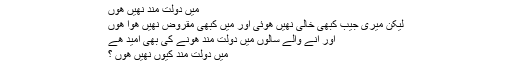
میں دولت مند نهیں هوں
لیکن میری جیب کبھی خالی نهیں هوئی اور میں کبھی مقروض نهیں هوا هوں
اور انے والے سالوں میں دولت مند هونے کی بھی امید هے
میں دولت مند کیوں نهیں هوں ؟